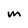
Character: M